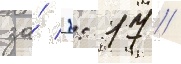
за́ 2: 17 //